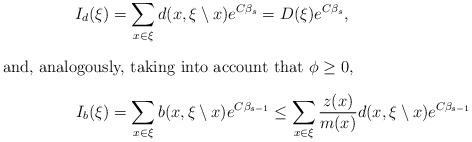
LaTeX: \begin{align*}I_d(\xi)&=\sum_{x\in\xi}d(x,\xi\setminus x)e^{C\beta_{s}}=D(\xi)e^{C\beta_{s}},\\\intertext{and, analogously, taking into account that $\phi\geq0$,}I_b(\xi)&=\sum_{x\in\xi}b(x,\xi\setminus x)e^{C\beta_{s-1}}\leq\sum_{x\in\xi}\frac{z(x)}{m(x)}d(x,\xi\setminus x)e^{C\beta_{s-1}}\end{align*}